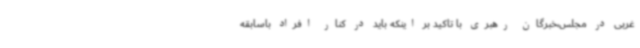
غربی در مجلس،خبرگان رهبری با تاکید بر اینکه باید در کنار افراد باسابقه